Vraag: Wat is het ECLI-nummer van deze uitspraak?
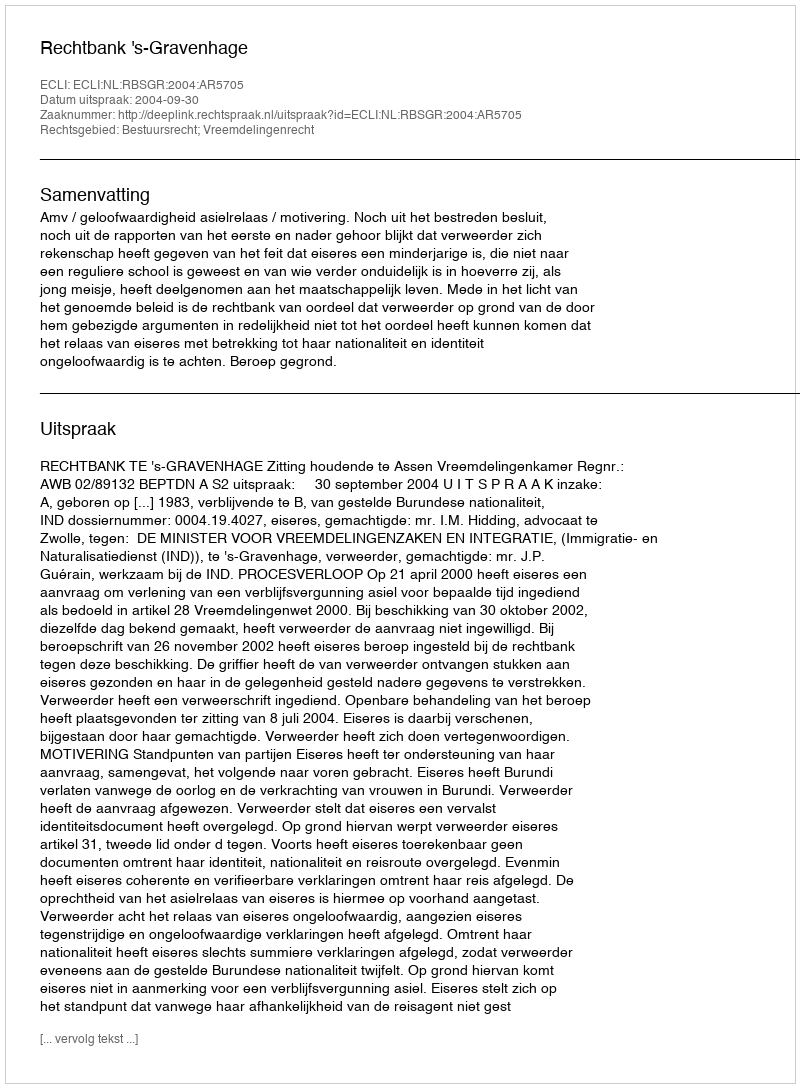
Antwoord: ECLI:NL:RBSGR:2004:AR5705